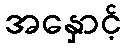
အနှောင့်